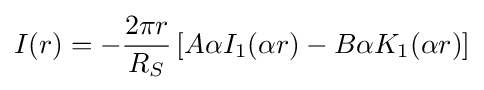
I(r)=-{\frac {2\pi r}{R_{S}}}\left[A\alpha I_{1}(\alpha r)-B\alpha K_{1}(\alpha r)\right]